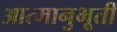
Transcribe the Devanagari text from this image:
आत्मानुभूती